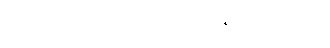
ဘဒ္ဒိယော ခဏ္ဍဒေပါ စ၊ ဗာဟုရန္တိ စ သင်္ဂိယော။